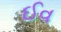
ઈવ